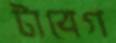
টাবেগ